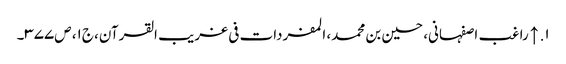
۱. ↑ راغب اصفہانی، حسین بن محمد، المفردات فی غریب القرآن، ج۱، ص۳۷۷۔